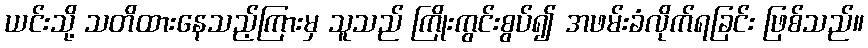
ယင်းသို့ သတိထားနေသည့်ကြားမှ သူသည် ကြိုးကွင်းစွပ်၍ အဖမ်းခံလိုက်ရခြင်း ဖြစ်သည်။